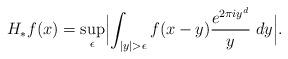
LaTeX: \begin{align*}H _{ \ast } f (x) = \sup _{\epsilon } \Bigl\lvert \int_{|y| > \epsilon} f (x-y) \frac { e ^{2 \pi i y ^d }} y\; dy \Bigr\rvert. \end{align*}